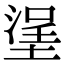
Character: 塣